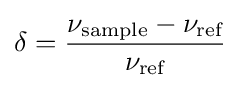
\delta ={\frac {\nu _{\text{sample}}-\nu _{\text{ref}}}{\nu _{\text{ref}}}}